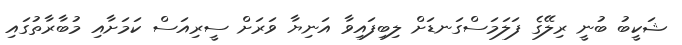
ޝަކީބު ބުނީ ރިލޭގެ ފަލަމަސްގަނޑަށް ލިބިފައިވާ އަނިޔާ ވަރަށް ސީރިއަސް ކަމަށާއި މުބާރާތުގައި